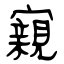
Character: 寴